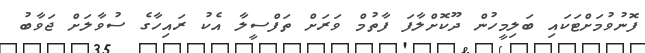
ފޮނުވުމަށްޓަކައި ބަލިމީހުން ދޫކޮށްލާފަ ފާތުމް ވަރަށް ތަފްސީލާ އެކު ރައިހާގެ ސުވާލަށް ޖަވާބު